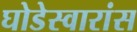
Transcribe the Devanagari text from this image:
घोडेस्वारांस